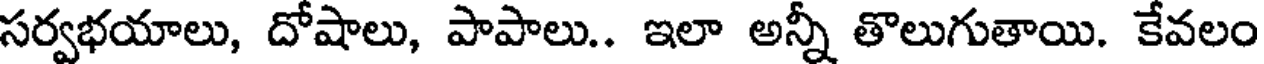
సర్వభయాలు, దోషాలు, పాపాలు.. ఇలా అన్నీ తొలుగుతాయి. కేవలం